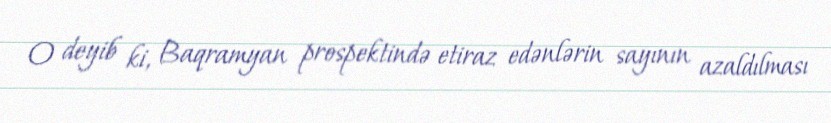
O deyib ki, Baqramyan prospektində etiraz edənlərin sayının azaldılması